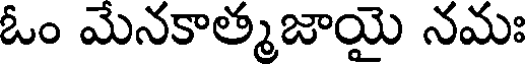
ఓం మేనకాత్మజాయై నమః